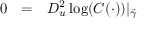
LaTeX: \begin{array} { r c l } { 0 } & { = } & { D _ { u } ^ { 2 } \log ( C ( \cdot ) ) \vert _ { \vec { \gamma } } } \end{array}